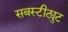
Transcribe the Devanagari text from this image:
सबस्टीट्युट